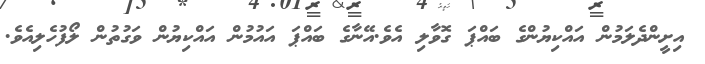
އިށީންދެލަމުން އައްކިޔުންގެ ބައްޕަ ގޮވާލި އެވެ.އޭނާގެ ބައްޕަ އައުމުން އައްކިޔުން ވަގުތުން ލޯފުހެލިއެވެ.